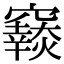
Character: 𥨴